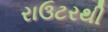
રાઉટરથી